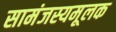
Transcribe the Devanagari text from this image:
सामंजस्यमूलक